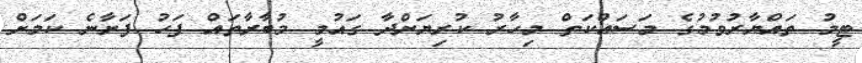
ޓީމު ތައްޔާރުވުމުގެ މަސައްކަތް މިހާރު ކުރިޔަށްދާ ގައުމީ މުބާރާތައް ފަހު ފަށާނެ ކަމަށް